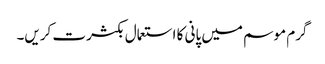
گرم موسم میں پانی کا استعمال بکثرت کریں۔